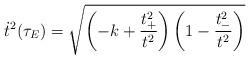
\begin{align*}\dot{t}^2(\tau_E) = \sqrt{\left(-k+\frac{t_+^2}{t^2}\right) \left( 1-\frac{t_-^2}{t^2}\right)}\end{align*}